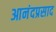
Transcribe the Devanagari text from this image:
आनंदप्रसाद